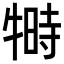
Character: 𬌦